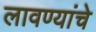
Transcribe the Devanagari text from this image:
लावण्यांचे